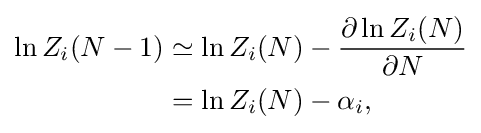
{\begin{aligned}\ln Z_{i}(N-1)&\simeq \ln Z_{i}(N)-{\frac {\partial \ln Z_{i}(N)}{\partial N}}\\&=\ln Z_{i}(N)-\alpha _{i},\end{aligned}}